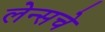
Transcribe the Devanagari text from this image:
लेन्सचे